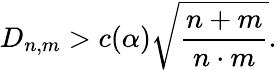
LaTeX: D_{n,m}>c(\alpha){\sqrt{\frac{n+m}{n\cdot m}}}.